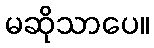
မဆိုသာပေ။